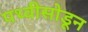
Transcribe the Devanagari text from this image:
पथ्वीसोडून